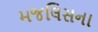
મજલિસના